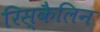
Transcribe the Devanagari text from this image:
रिस्कैलिन